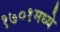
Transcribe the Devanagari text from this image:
१७०१मध्ये